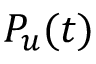
P _ { u } ( t )